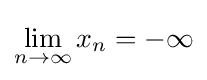
\lim _{n\to \infty }x_{n}=-\infty